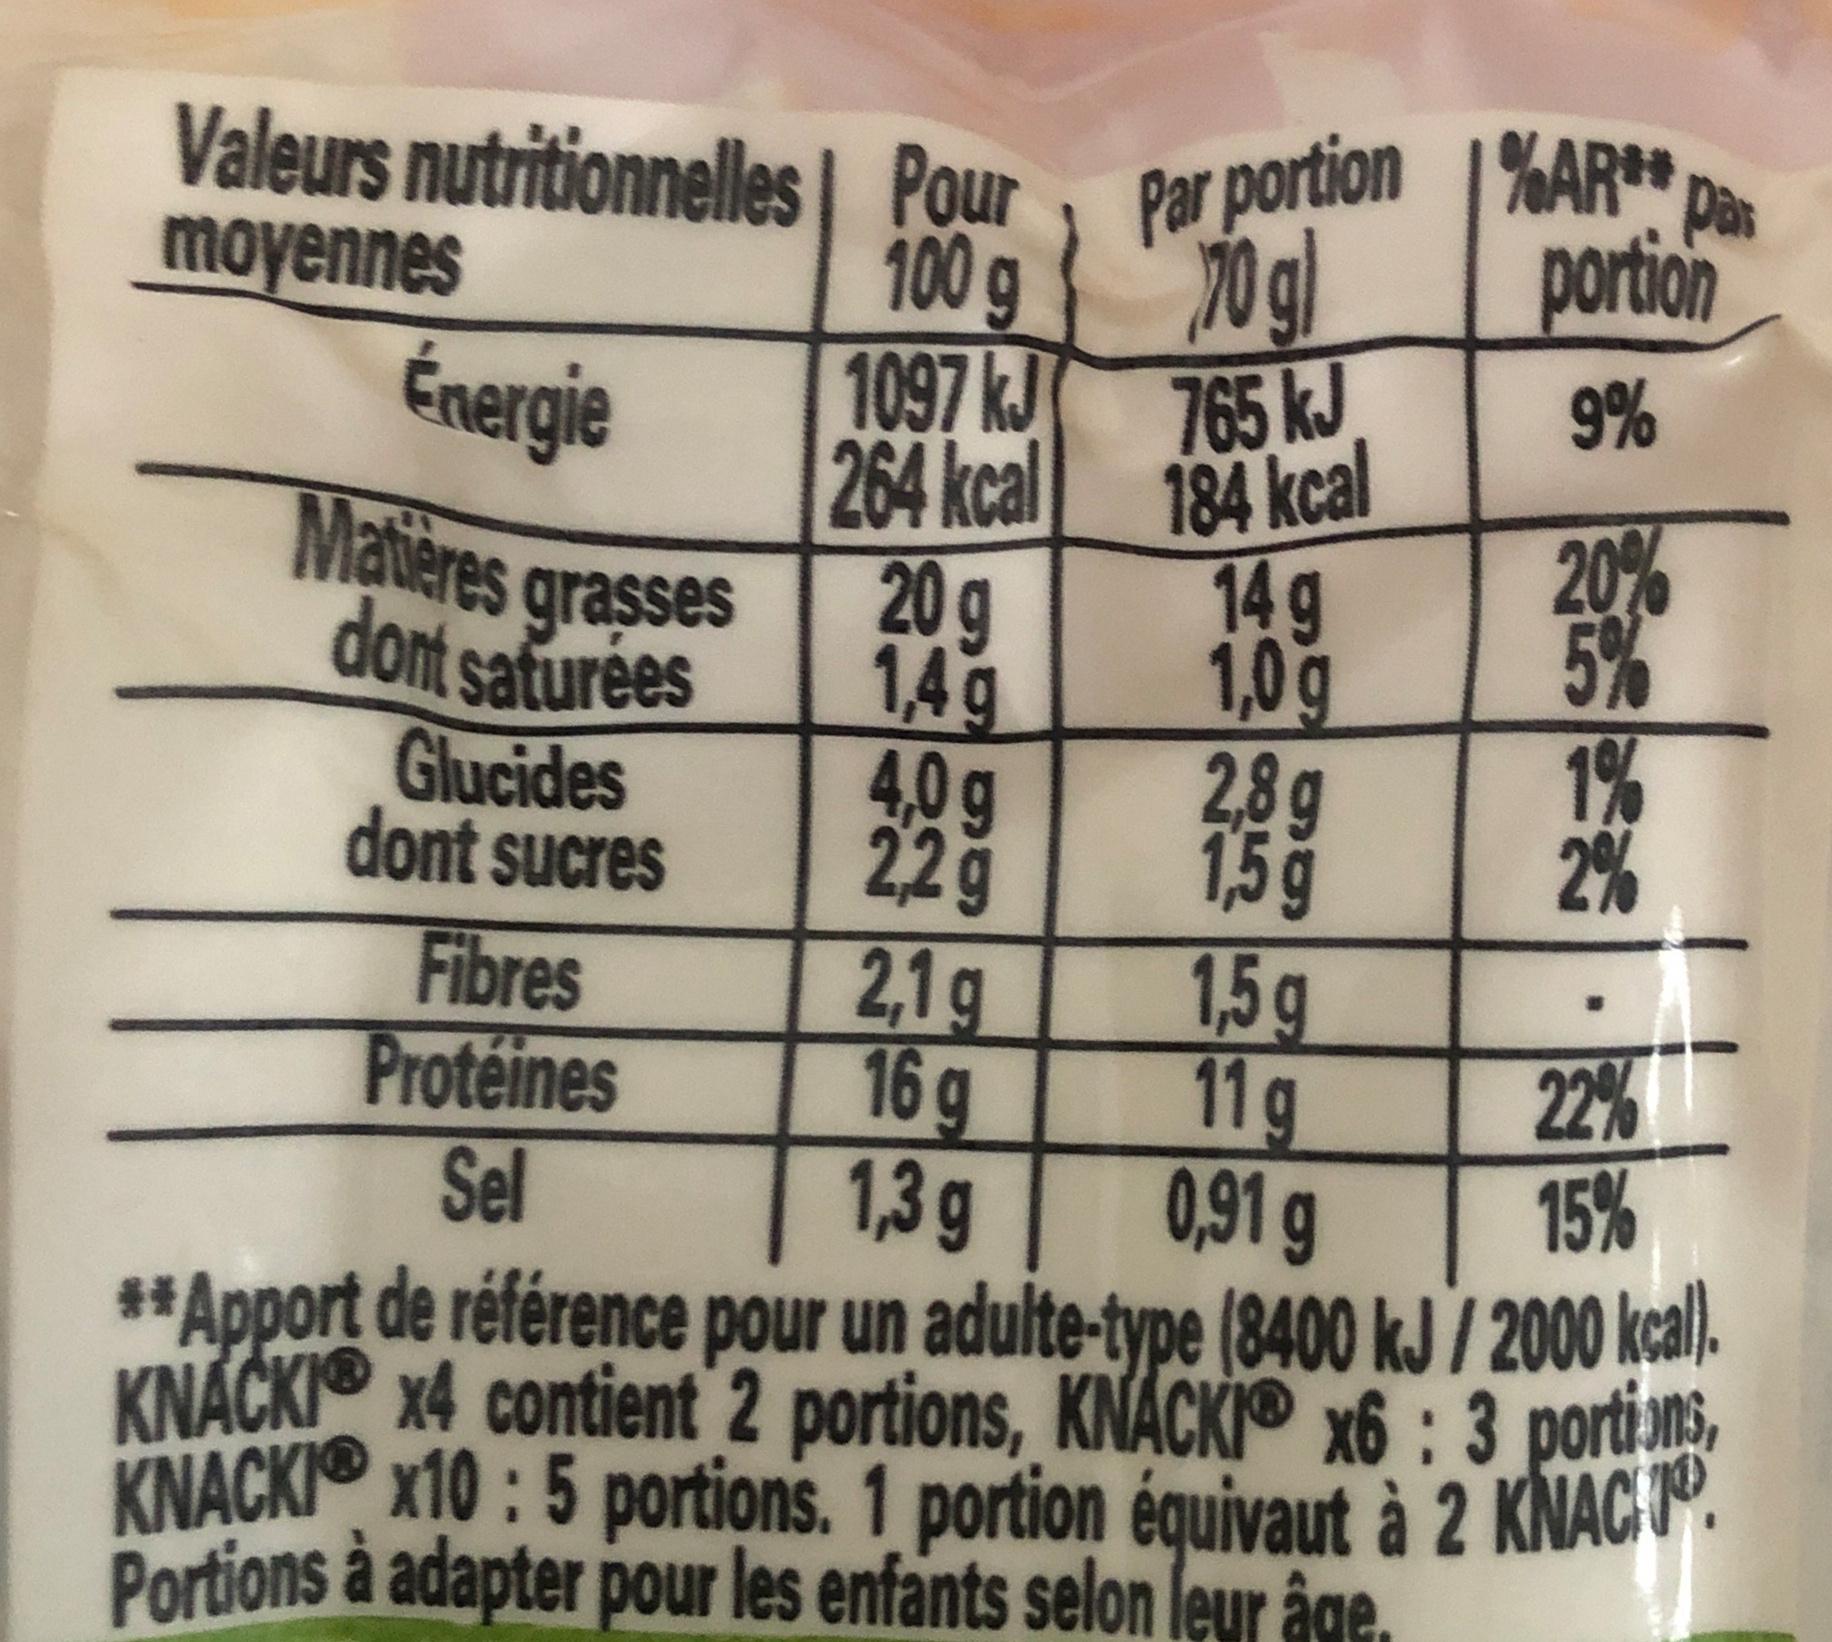
Valeurs nutritionnelles | Pour
moyennes
100 g
Énergie
Matières grasses dont saturées Glucides dont sucres
Fibres
Protéines
Sel
1097 kJ
264 kcal
20 g
1,4g
4,0g
2,2 g
2,1g
16 g
1,3 g
Par portion
70 gl 765 kJ 184 kcal
14 g
1,0g
2,8g
1,5 g
%AR pas
portion
9%
1,5 g
11 g
20%
5%
1%
2%
w
22%
15%
0,91 g
**Apport de référence pour un adulte-type (8400 kJ/2000 kcal). KNACKI x4 contient 2 portions, KNACKIⓇ x6: 3 portions, KNACKI X10: 5 portions. 1 portion équivaut à 2 KNAC Portions à adapter pour les enfants selon leur âge